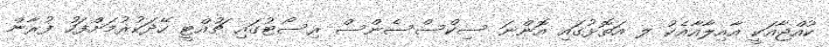
ކުއްޖާއަކީ އާއިލާއާއެކު ލ އަތޮޅުގައި އޮންނަ ސިކްސްސެންސް ރިސޯޓުގައި ޗުއްޓީ ހޭދަކުރުމަށްފަހު ފުރާން